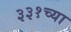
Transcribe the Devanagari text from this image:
३३१च्या